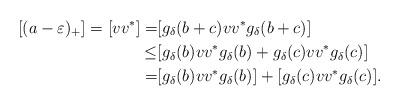
LaTeX: \begin{align*}[(a-\varepsilon)_+]=[vv^*]= & [g_\delta(b+c)vv^*g_\delta(b+c)]\\\leq & [g_\delta(b)vv^*g_\delta(b)+ g_\delta(c)vv^*g_\delta(c)]\\= & [g_\delta(b)vv^*g_\delta(b)]+ [g_\delta(c)vv^*g_\delta(c)].\end{align*}